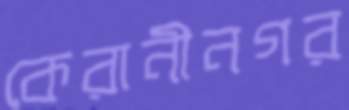
কেরানীনগর